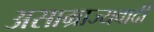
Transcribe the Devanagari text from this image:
असाम्राज्यवादी